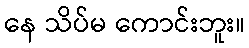
နေ သိပ်မ ကောင်းဘူး။